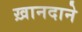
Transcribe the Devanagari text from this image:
ख़ानदाने